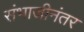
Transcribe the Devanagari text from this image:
संभाजीनंतर